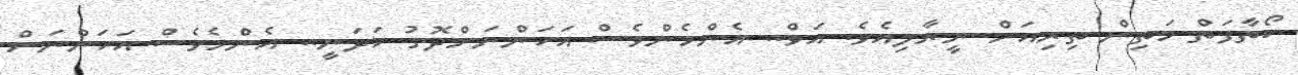
ކޯތާފަތް މަތިން ތިރިއަށް ނީރާލިއެވެ. އަވް.. އެންމެންވެސް އަހަންނަށްދޮގު ހަދަނީ.. އެންމެވެސް އަހަންނަށް